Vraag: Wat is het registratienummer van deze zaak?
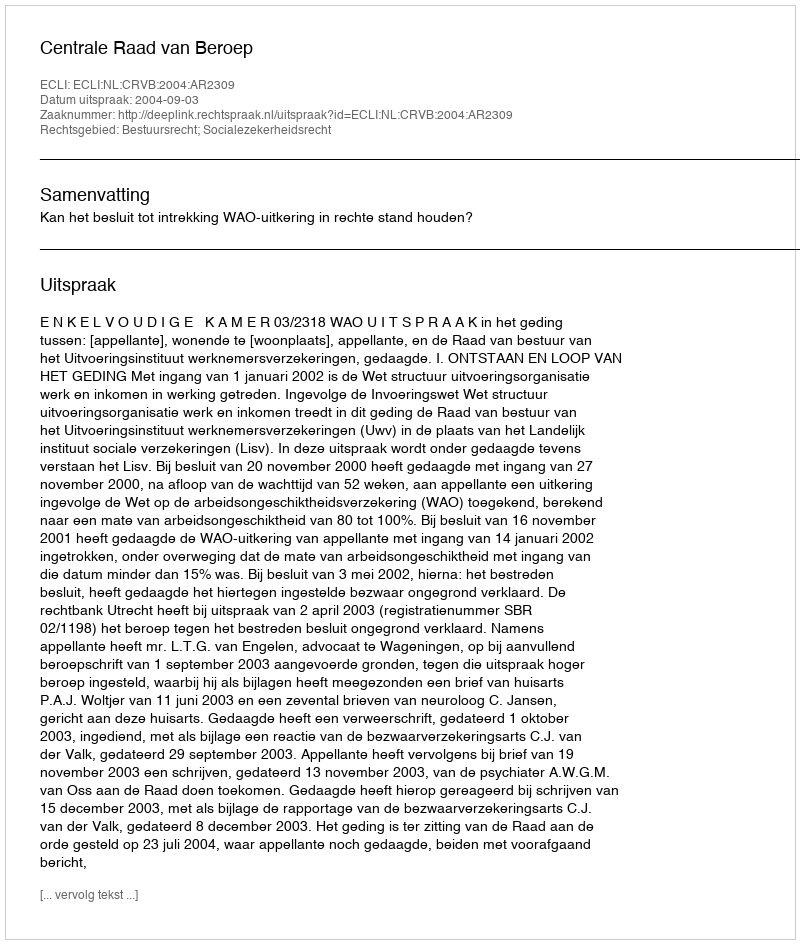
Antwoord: http://deeplink.rechtspraak.nl/uitspraak?id=ECLI:NL:CRVB:2004:AR2309